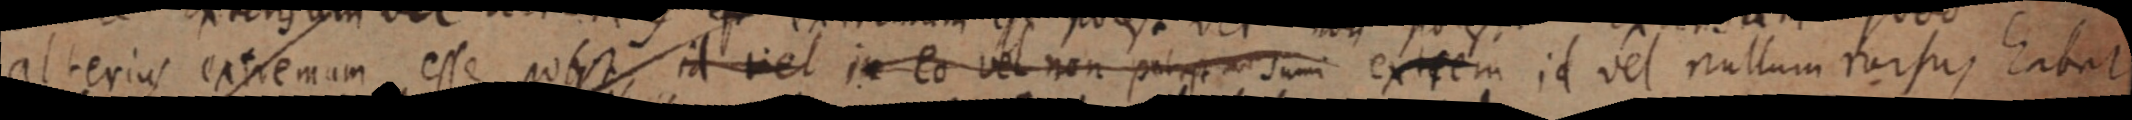
alterius extremum esse potest, id vel in eo vel non potest sumi extrem id vel nullum rursus habet